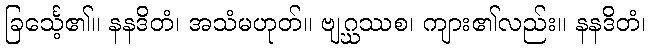
ခြင်္သေ့၏။ နနဒိတံ၊ အသံမဟုတ်။ ဗျဂ္ဃဿစ၊ ကျား၏လည်း။ နနဒိတံ၊